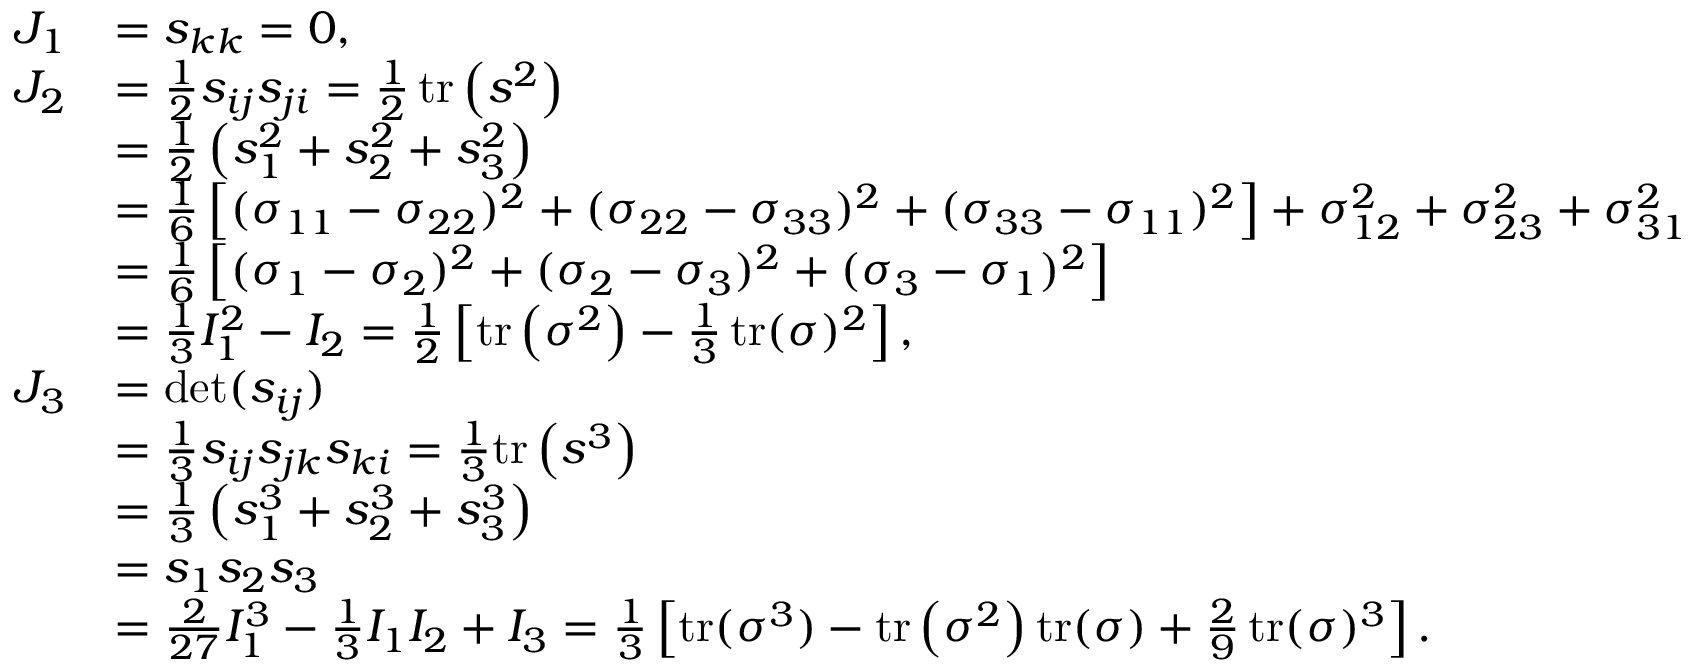
{ \begin{array} { r l } { J _ { 1 } } & { = s _ { k k } = 0 , } \\ { J _ { 2 } } & { = { \frac { 1 } { 2 } } s _ { i j } s _ { j i } = { \frac { 1 } { 2 } } \operatorname { t r } \left( { \boldsymbol { s } } ^ { 2 } \right) } \\ & { = { \frac { 1 } { 2 } } \left( s _ { 1 } ^ { 2 } + s _ { 2 } ^ { 2 } + s _ { 3 } ^ { 2 } \right) } \\ & { = { \frac { 1 } { 6 } } \left[ ( \sigma _ { 1 1 } - \sigma _ { 2 2 } ) ^ { 2 } + ( \sigma _ { 2 2 } - \sigma _ { 3 3 } ) ^ { 2 } + ( \sigma _ { 3 3 } - \sigma _ { 1 1 } ) ^ { 2 } \right] + \sigma _ { 1 2 } ^ { 2 } + \sigma _ { 2 3 } ^ { 2 } + \sigma _ { 3 1 } ^ { 2 } } \\ & { = { \frac { 1 } { 6 } } \left[ ( \sigma _ { 1 } - \sigma _ { 2 } ) ^ { 2 } + ( \sigma _ { 2 } - \sigma _ { 3 } ) ^ { 2 } + ( \sigma _ { 3 } - \sigma _ { 1 } ) ^ { 2 } \right] } \\ & { = { \frac { 1 } { 3 } } I _ { 1 } ^ { 2 } - I _ { 2 } = { \frac { 1 } { 2 } } \left[ \operatorname { t r } \left( { \boldsymbol { \sigma } } ^ { 2 } \right) - { \frac { 1 } { 3 } } \operatorname { t r } ( { \boldsymbol { \sigma } } ) ^ { 2 } \right] , } \\ { J _ { 3 } } & { = \operatorname* { d e t } ( s _ { i j } ) } \\ & { = { \frac { 1 } { 3 } } s _ { i j } s _ { j k } s _ { k i } = { \frac { 1 } { 3 } } { \mathrm { t r } } \left( { \boldsymbol { s } } ^ { 3 } \right) } \\ & { = { \frac { 1 } { 3 } } \left( s _ { 1 } ^ { 3 } + s _ { 2 } ^ { 3 } + s _ { 3 } ^ { 3 } \right) } \\ & { = s _ { 1 } s _ { 2 } s _ { 3 } } \\ & { = { \frac { 2 } { 2 7 } } I _ { 1 } ^ { 3 } - { \frac { 1 } { 3 } } I _ { 1 } I _ { 2 } + I _ { 3 } = { \frac { 1 } { 3 } } \left[ { \mathrm { t r } } ( { \boldsymbol { \sigma } } ^ { 3 } ) - \operatorname { t r } \left( { \boldsymbol { \sigma } } ^ { 2 } \right) \operatorname { t r } ( { \boldsymbol { \sigma } } ) + { \frac { 2 } { 9 } } \operatorname { t r } ( { \boldsymbol { \sigma } } ) ^ { 3 } \right] . \, } \end{array} }